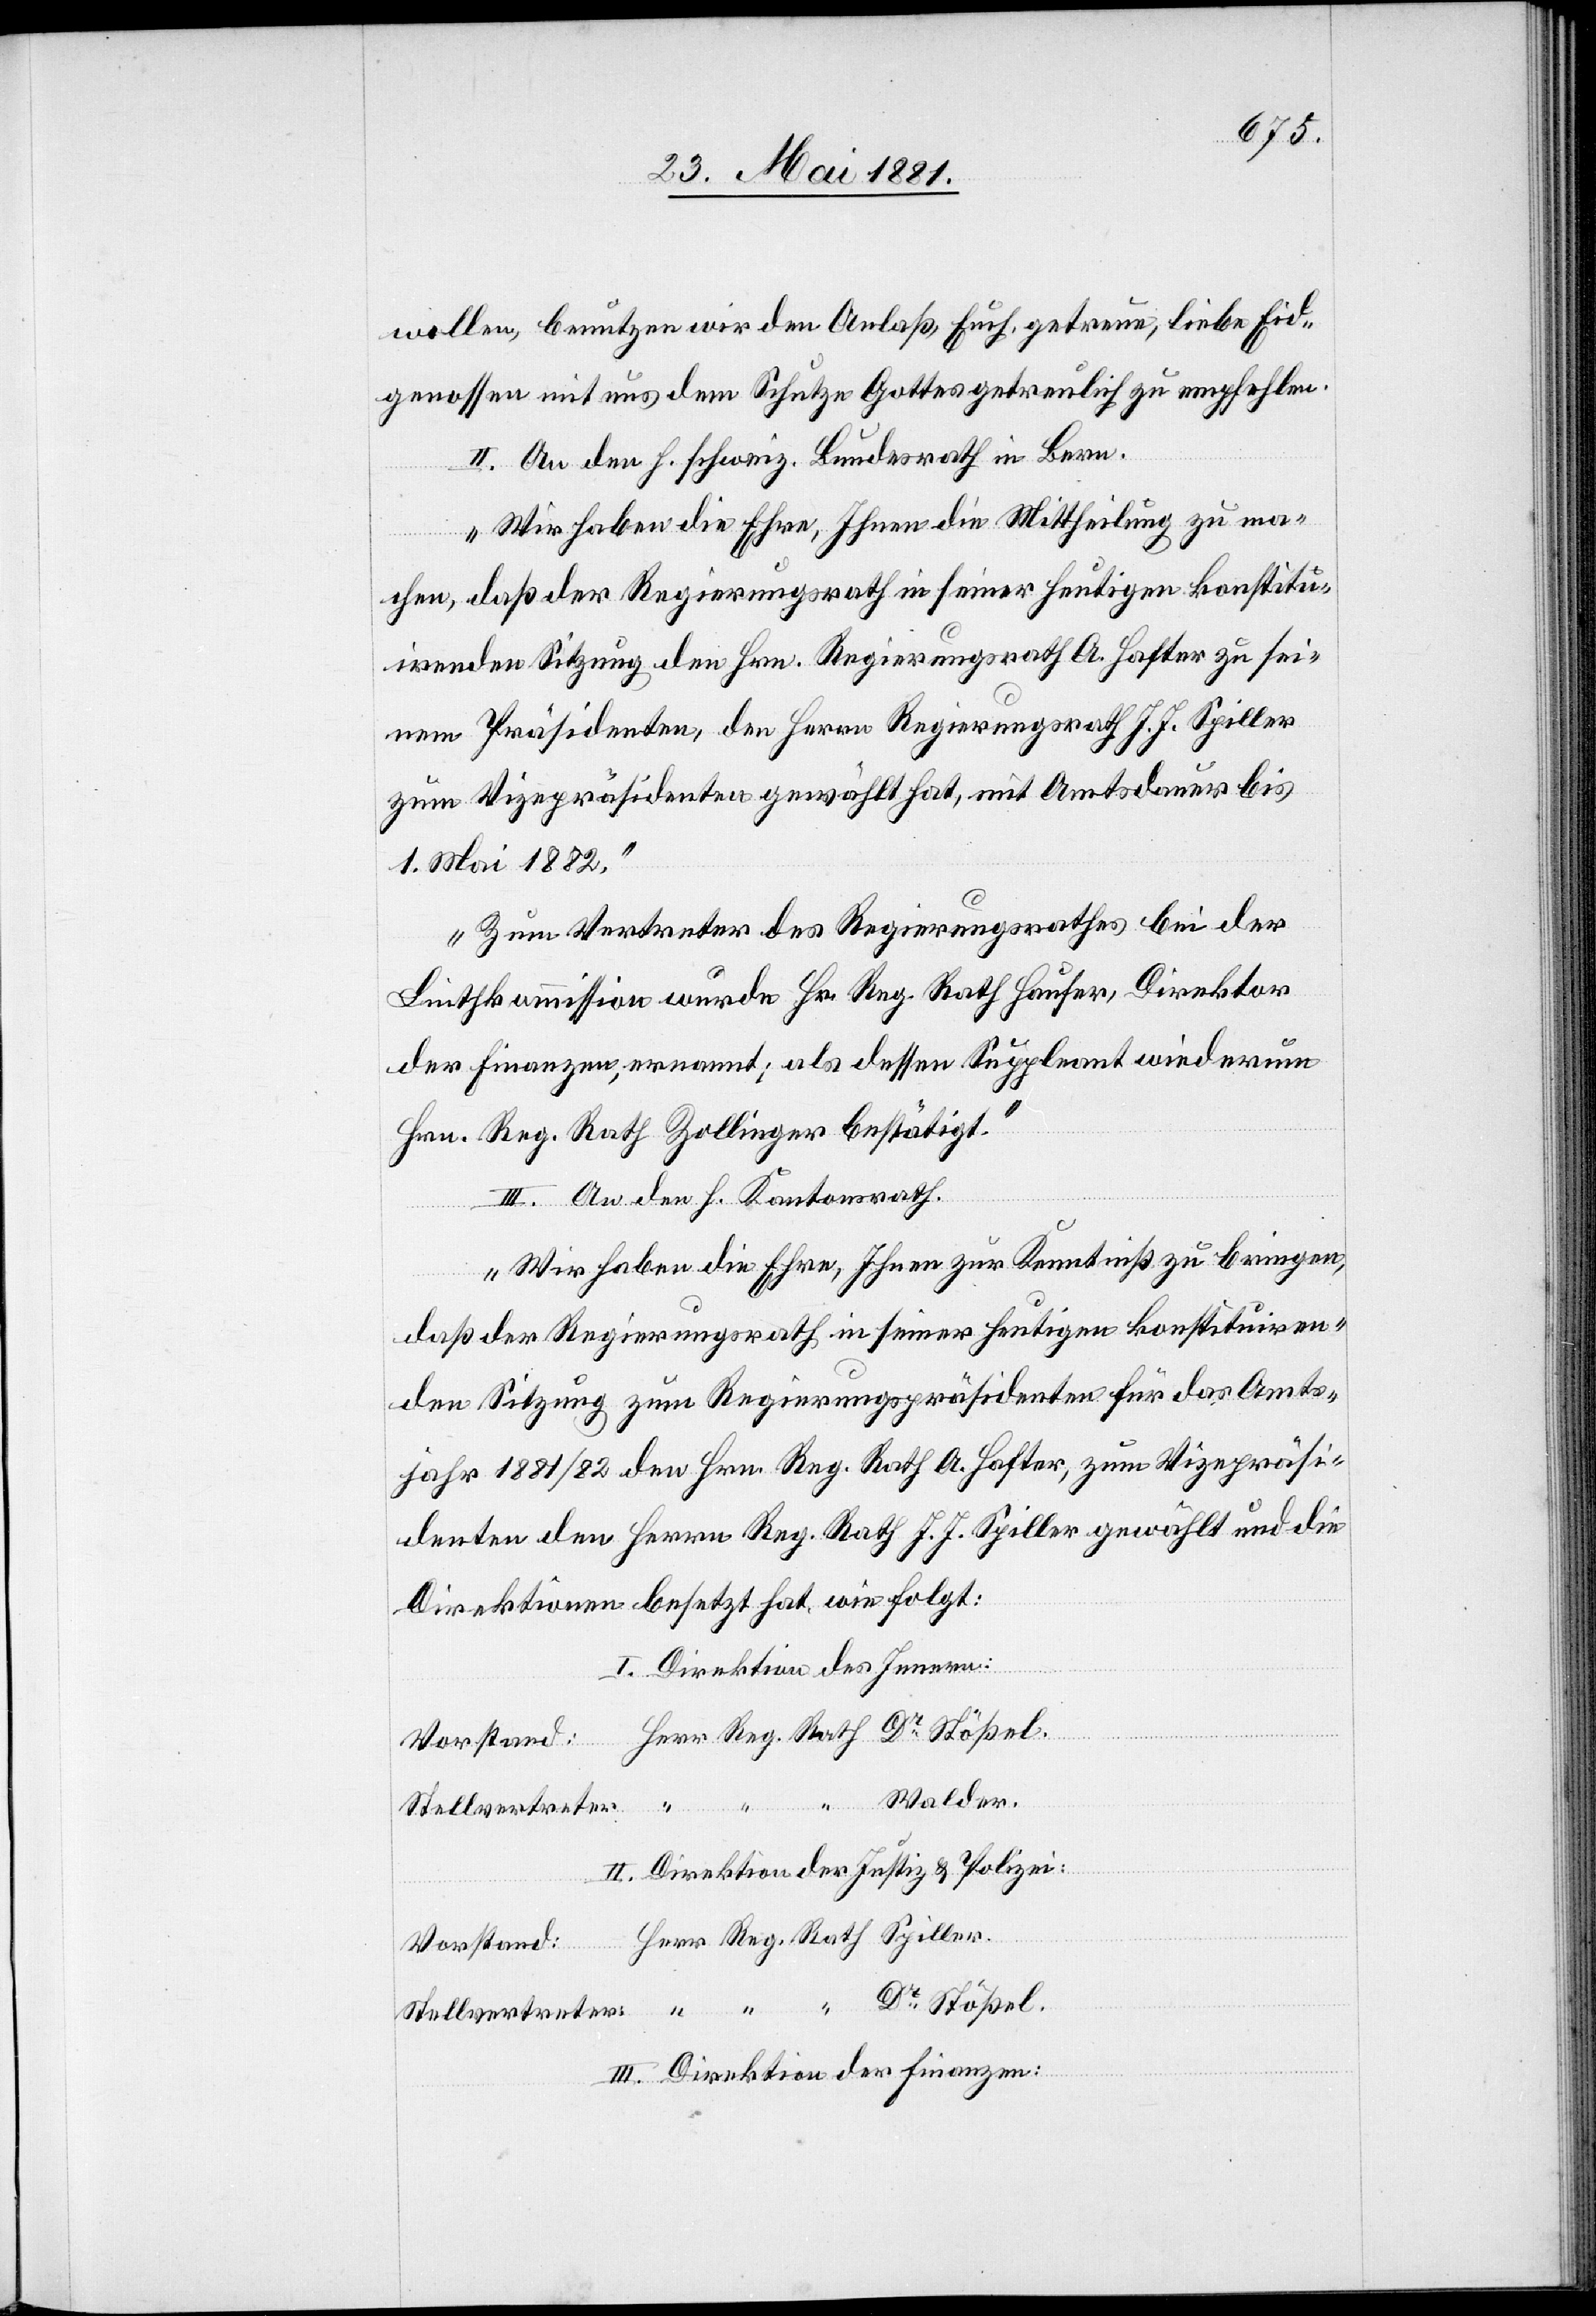
wollen, benutzen wir den Anlaß, Euch, getreu, liebe Eid¬
genossen mit uns dem Schutze Gottes getreulich zu empfehlen.“
II. An den h. schweiz. Bundesrath in Bern.
„Wir haben die Ehre, Ihnen die Mittheilung zu ma¬
chen, das der Regierungsrath in seiner heutigen konstitu¬
irenden Sitzung den Hrn. Regierungsrath A. Hafter zu sei¬
nem Präsidenten, den Herrn Regierungsrath J. J. Spiller
zum Vizepräsidenten gewählt hat, mit Amtsdauer bis
1. Mai 1882.
Zum Vertreter des Regierungsrathes bei der
Linthkommission wurde Hr. Reg. Rath Hauser, Direktor
der Finanzen, ernannt; als dessen Suppleant wiederum
Hrn. Reg. Rath Zollinger bestätigt.“
III. An den Kantonsrath.
„Wir haben die Ehre, Ihnen zu Kenntnis zu bringen,
daß der Regierungsrath in seiner heutigen konstituiren¬
den Sitzung zum Regierungspräsidenten für das Amts¬
jahr 881/82 den Hrn. Reg. Rath A. Hafter, zum Vizepräsi¬
denten den Herrn Reg. Rath J. J. Spiller gewählt und die
Direktion besetzt hat, wie folgt:
I. Direktion des Innern:
Reg.
II. Direktion der Justiz & Polizei:
III. Direktion der Finanzen: